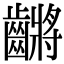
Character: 𪙝